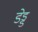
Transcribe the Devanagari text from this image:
डेड्ड